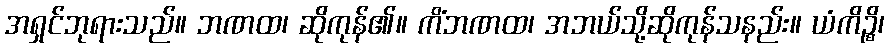
အရှင်ဘုရားသည်။ ဘဏထ၊ ဆိုကုန်၏။ ကိံဘဏထ၊ အဘယ်သို့ဆိုကုန်သနည်း။ ယံကိဉ္စိ၊